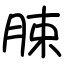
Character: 脨